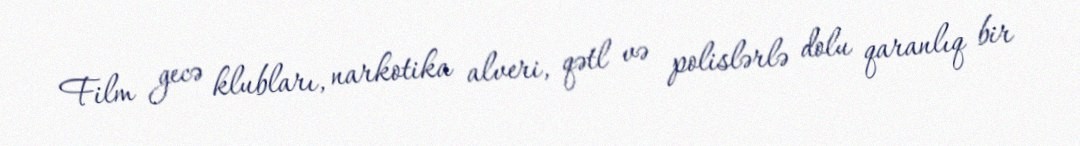
Film gecə klubları, narkotika alveri, qətl və polislərlə dolu qaranlıq bir